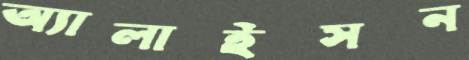
অ্যালাইসন